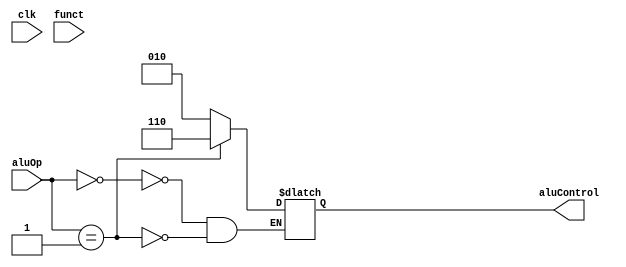
`timescale 1ns / 1ps
//////////////////////////////////////////////////////////////////////////////////
// Company: 
// Engineer: 
// 
// Design Name: 
// Module Name: alucontrol
// Project Name: 
// Target Devices: 
// Tool Versions: 
// Description: 
// 
// Dependencies: 
// 
// Revision:
// Revision 0.01 - File Created
// Additional Comments:
// 
//////////////////////////////////////////////////////////////////////////////////


module alucontrol(
    input wire clk,
    input wire [2:0] aluOp,
    input wire [5:0] funct,
    output reg [2:0] aluControl
    );
    
    always @* begin
        casex ({aluOp, funct})
            8'b00_xxxxxx: aluControl = 3'b010;            // (addi, lw, sw)
            8'b01_xxxxxx: aluControl = 3'b110;            //  - (beq, bne)
            8'b01_100000: aluControl = 3'b110;            // add
            8'b01_100010: aluControl = 3'b110;            // sub
            8'b01_100100: aluControl = 3'b110;            // and
            8'b01_100101: aluControl = 3'b110;            // or
            8'b01_101010: aluControl = 3'b110;            // slt
        endcase
    end
endmodule